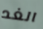
الغد